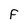
Character: F